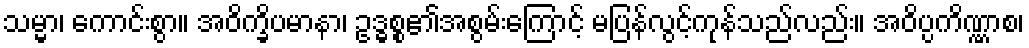
သမ္မာ၊ ကောင်းစွာ။ အဝိက္ခိပမာနာ၊ ဥဒ္ဓစ္စ၏အစွမ်းကြောင့် မပြန်လွင့်ကုန်သည်လည်း။ အဝိပ္ပကိဏ္ဏာစ၊